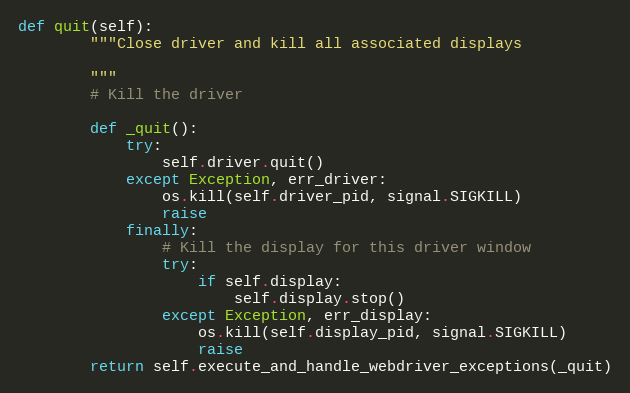
Language: Python
def quit(self):
        """Close driver and kill all associated displays

        """
        # Kill the driver

        def _quit():
            try:
                self.driver.quit()
            except Exception, err_driver:
                os.kill(self.driver_pid, signal.SIGKILL)
                raise
            finally:
                # Kill the display for this driver window
                try:
                    if self.display:
                        self.display.stop()
                except Exception, err_display:
                    os.kill(self.display_pid, signal.SIGKILL)
                    raise
        return self.execute_and_handle_webdriver_exceptions(_quit)